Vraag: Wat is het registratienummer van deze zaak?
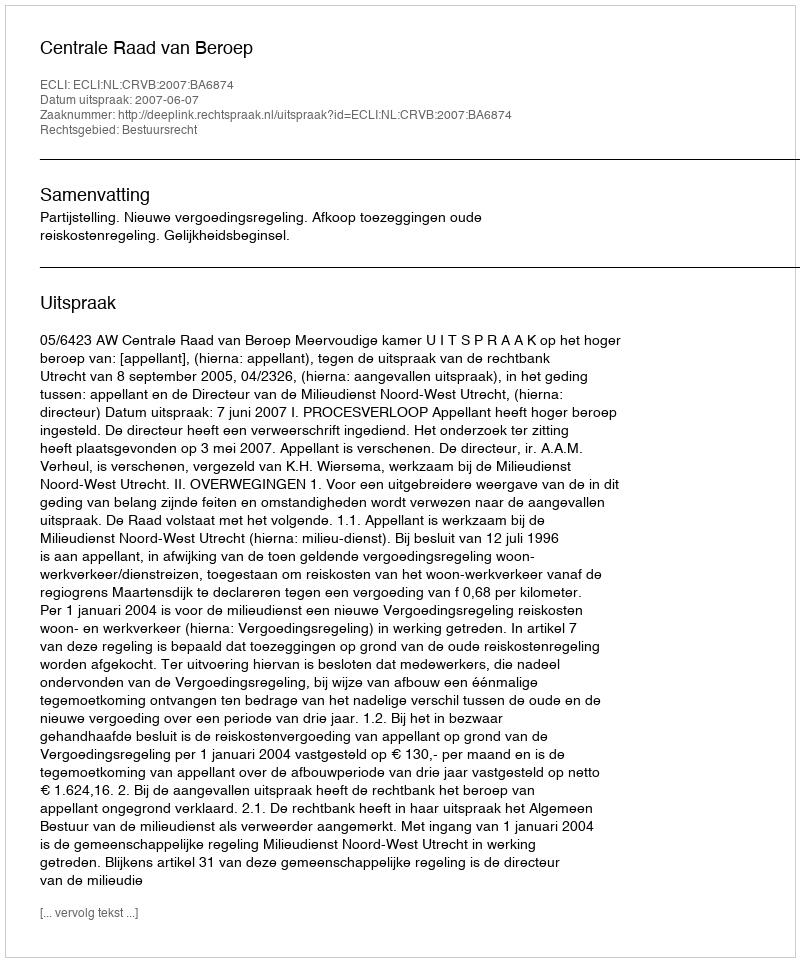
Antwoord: http://deeplink.rechtspraak.nl/uitspraak?id=ECLI:NL:CRVB:2007:BA6874